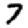
Digit: 7